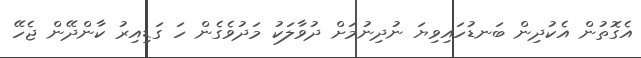
އެގޮތުން އެކުދިން ބަނޑުހައިވިޔަ ނުދިނުމަށް ދުވާލަކު މަދުވެގެން ހަ ގަޑިއިރު ކާންދޭން ޖެހޭ